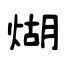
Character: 煳